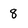
Character: 8